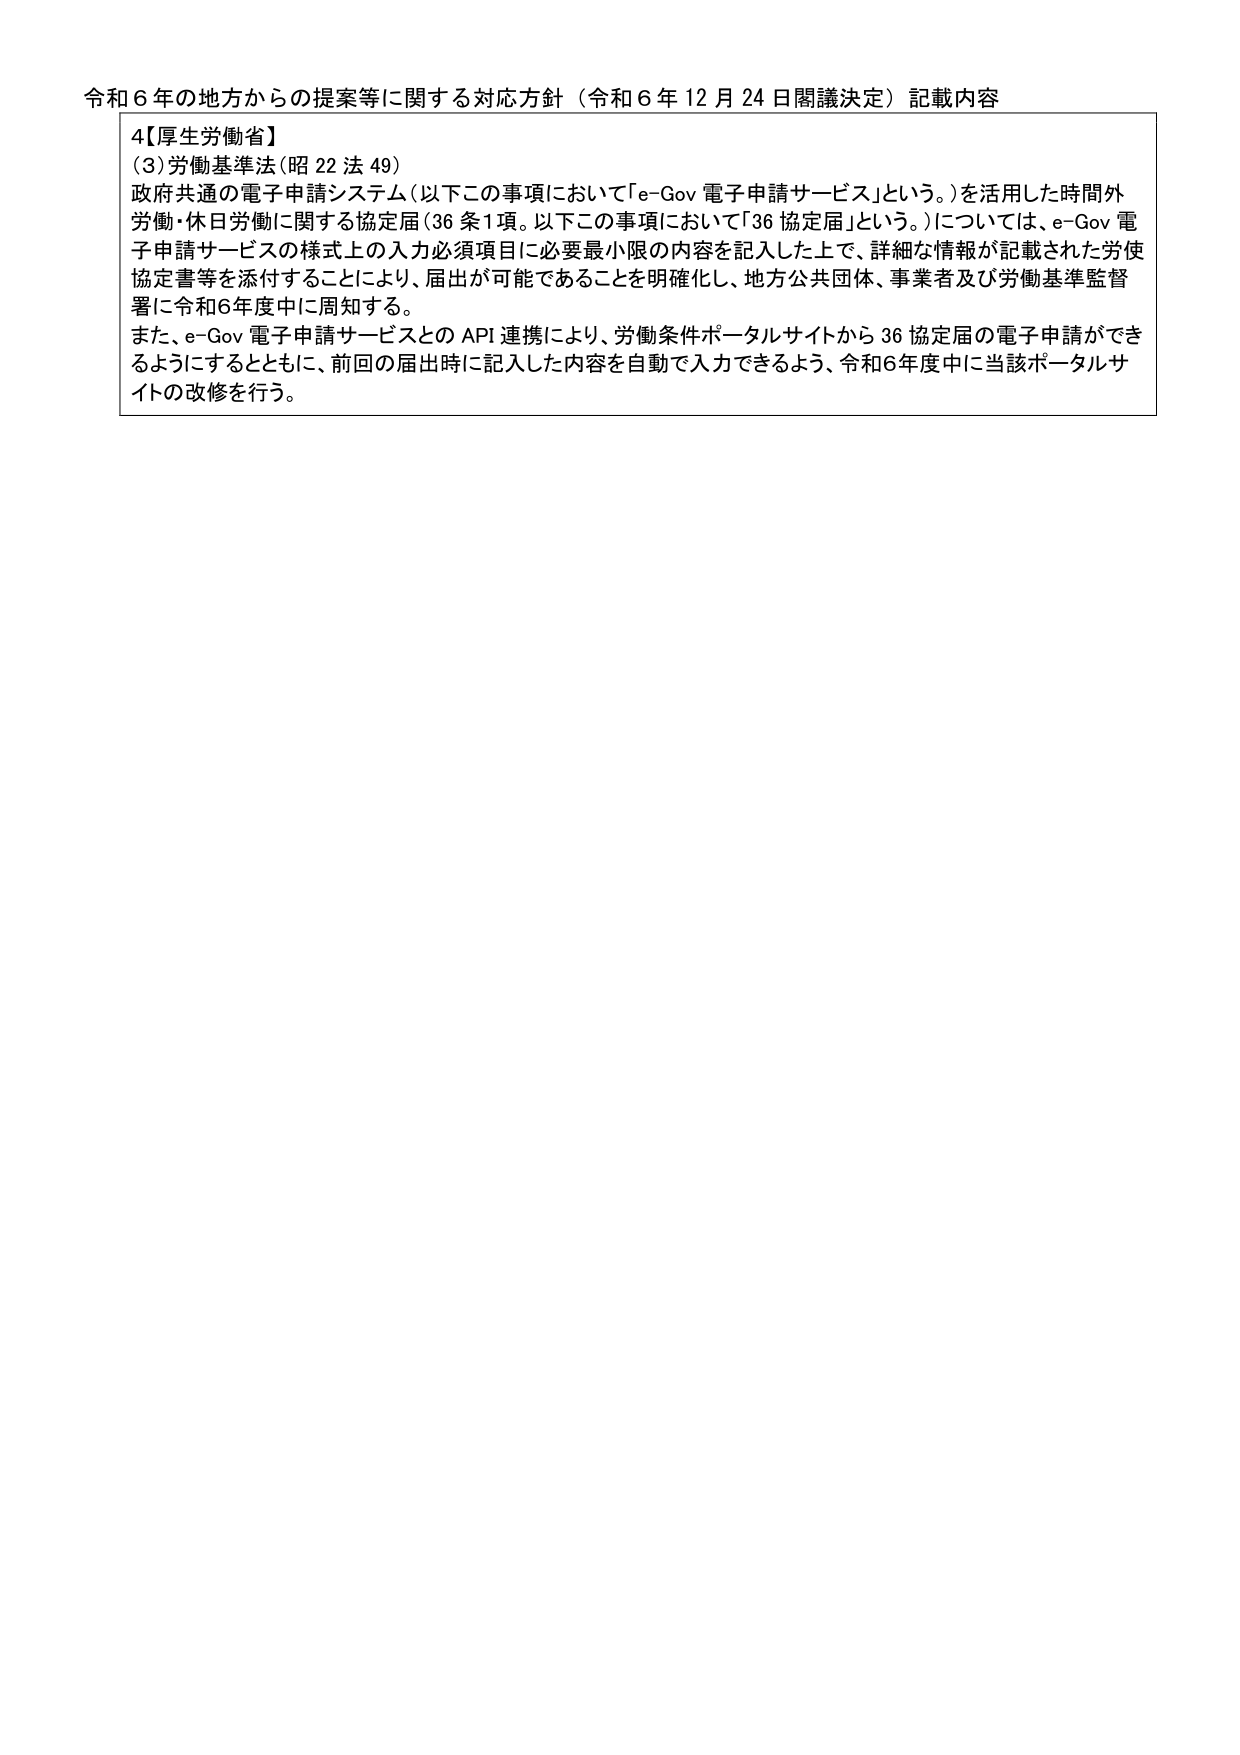
令和６年の地方からの提案等に関する対応方針（令和６年12月24日閣議決定）記載内容

4【厚生労働省】
（3）労働基準法（昭22法49）
政府共通の電子申請システム（以下この事項において「e-Gov 電子申請サービス」という。）を活用した時間外労働・休日労働に関する協定届（36条1項。以下この事項において「36協定届」という。）については、e-Gov 電子申請サービスの様式上の入力必須項目に必要最小限の内容を記入した上で、詳細な情報が記載された労使協定書等を添付することにより、届出が可能であることを明確化し、地方公共団体、事業者及び労働基準監督署に令和6年度中に周知する。
また、e-Gov 電子申請サービスとのAPI連携により、労働条件ポータルサイトから36協定届の電子申請ができるようにするとともに、前回の届出時に記入した内容を自動で入力できるよう、令和6年度中に当該ポータルサイトの改修を行う。